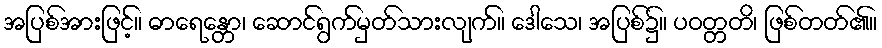
အပြစ်အားဖြင့်။ ဓာရေန္တော၊ ဆောင်ရွက်မှတ်သားလျက်။ ဒေါသေ၊ အပြစ်၌။ ပဝတ္တတိ၊ ဖြစ်တတ်၏။